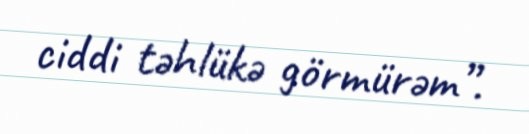
ciddi təhlükə görmürəm”.